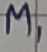
Text: M1